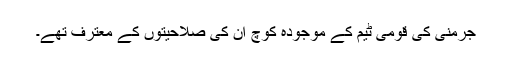
جرمنی کی قومی ٹیم کے موجودہ کوچ ان کی صلاحیتوں کے معترف تھے۔